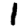
Digit: 1